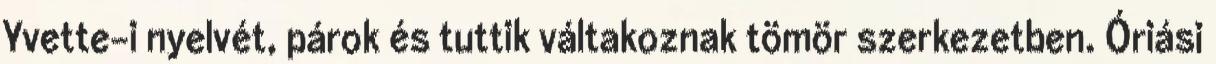
Yvette-i nyelvét, párok és tuttik váltakoznak tömör szerkezetben. Óriási